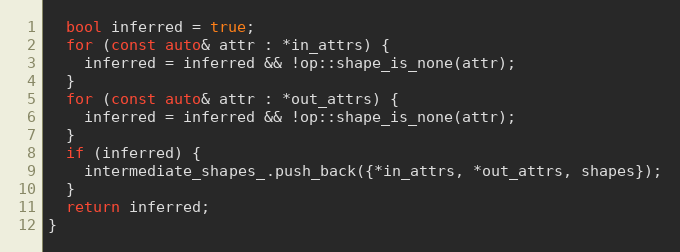
Language: C++
  bool inferred = true;
  for (const auto& attr : *in_attrs) {
    inferred = inferred && !op::shape_is_none(attr);
  }
  for (const auto& attr : *out_attrs) {
    inferred = inferred && !op::shape_is_none(attr);
  }
  if (inferred) {
    intermediate_shapes_.push_back({*in_attrs, *out_attrs, shapes});
  }
  return inferred;
}